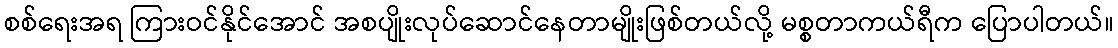
စစ်ရေးအရ ကြားဝင်နိုင်အောင် အစပျိုးလုပ်ဆောင်နေတာမျိုးဖြစ်တယ်လို့ မစ္စတာကယ်ရီက ပြောပါတယ်။